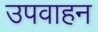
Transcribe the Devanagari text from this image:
उपवाहन